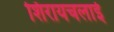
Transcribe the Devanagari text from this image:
शिरायचलाई